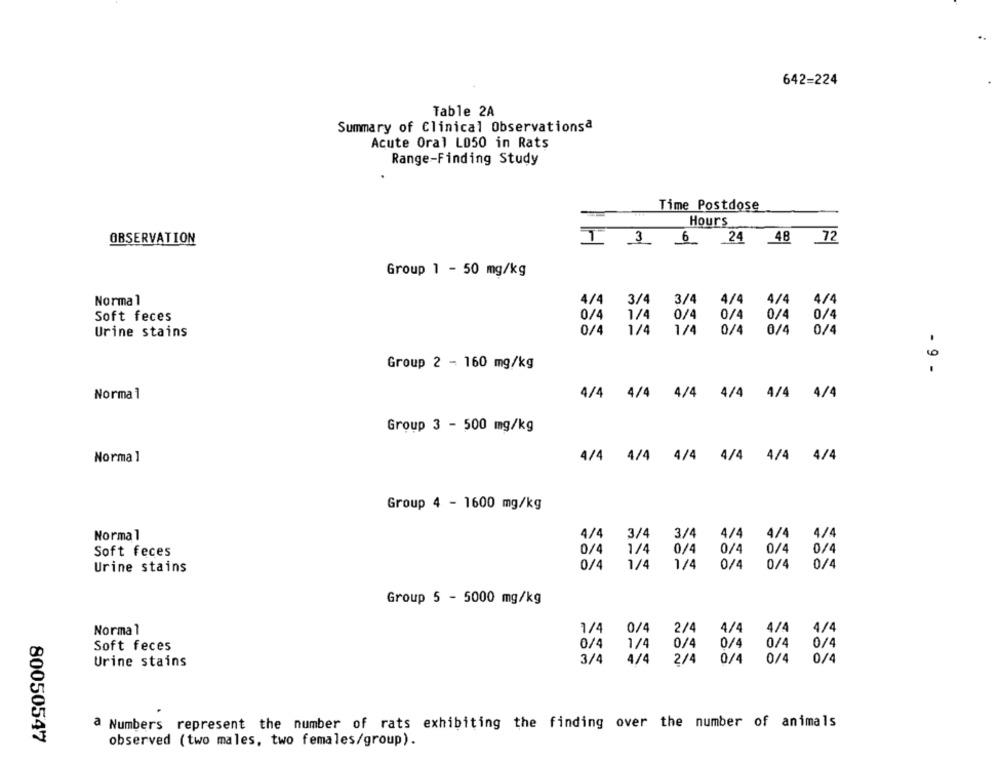
642=224
Table 2A
Summary of Clinical Observationsª
Acute Oral L050 in Rats
Range-Finding Study
Time Postdose
Hours
OBSERVATION
I 3
6 24 48 72
Group 1 - 50 mg/kg
3/4
Normal
4/4
3/4
4/4
4/4
4/4
Soft feces
0/4
1/4
0/4
0/4
0/4
0/4
0/4
1/4
1/4
0/4
0/4
Urine stains
0/4
Group 2 - 160 mg/kg
- 9 -
Normal
4/4
4/4
4/4
4/4
4/4
4/4
Group 3 - 500 mg/kg
Normal
4/4
4/4
4/4
4/4
4/4
4/4
Group 4 - 1600 mg/kg
Normal
4/4
3/4
3/4
4/4
4/4
4/4
0/4
1/4
0/4
0/4
0/4
0/4
Soft feces
0/4
1/4
1/4
0/4
0/4
0/4
Urine stains
Group 5 - 5000 mg/kg
2/4
4/4
4/4
Normal
1/4
0/4
4/4
0/4
Soft feces
0/4
1/4
0/4
0/4
0/4
3/4
0/4
0/4
Urine stains
4/4
2/4
0/4
a Numbers represent the number of rats exhibiting the finding over the number of animals
80050547
observed (two males, two females/group).